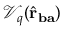
\mathcal { V } _ { q } ( \hat { \mathbf { r } } _ { \mathbf { b a } } )